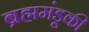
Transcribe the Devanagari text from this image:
ब्रह्ममंडूकी